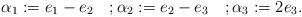
LaTeX: \begin{align*}\alpha_1:=e_1-e_2 \quad; \alpha_2:=e_2-e_3 \quad; \alpha_3:=2e_3.\end{align*}